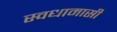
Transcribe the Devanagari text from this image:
स्वधामासी